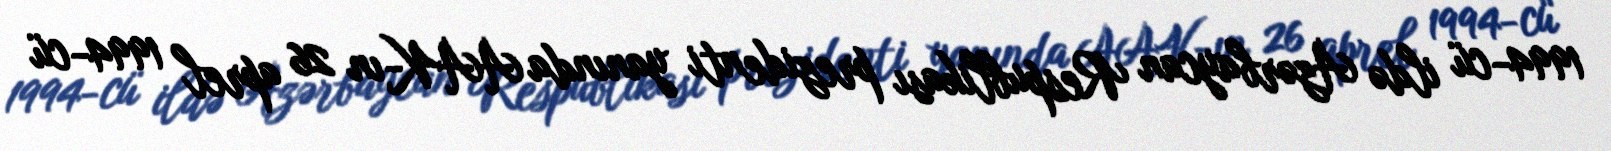
1994-cü ildə Azərbaycan Respublikası prezidenti yanında AAK-ın 26 aprel 1994-cü